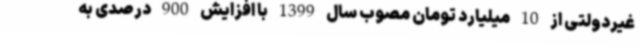
غیردولتی از 10 میلیارد تومان مصوب سال 1399 با افزایش 900 درصدی به